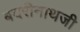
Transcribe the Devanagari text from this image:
बदरीनाथजी